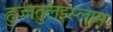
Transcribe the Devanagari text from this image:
हुज्जतुलइस्लाम